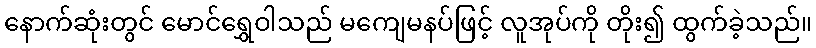
နောက်ဆုံးတွင် မောင်ရွှေဝါသည် မကျေမနပ်ဖြင့် လူအုပ်ကို တိုး၍ ထွက်ခဲ့သည်။